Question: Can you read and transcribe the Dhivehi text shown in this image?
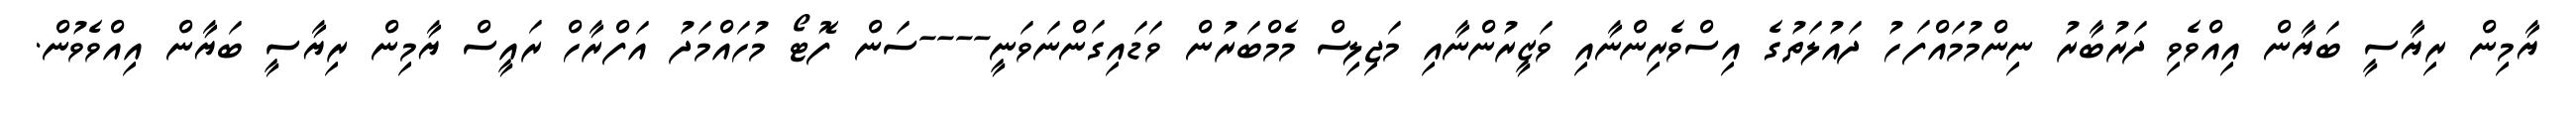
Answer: ޔާމިން ރިޔާސީ ބަޔާން އިއްވެވި ދަރުބާރު ނިންމުމައްފަހު ދައުލަތުގެ އިސްވެރިންނާއި ވަޒީރުންނާއި މަޖިލިސް މެމްބަރުން ވަޑައިގަންނަވަނީ----ސަން ފޮޓޯ މުހައްމަދު އަފްރާހް ރައީސް ޔާމިން ރިޔާސީ ބަޔާން އިއްވެވުން.